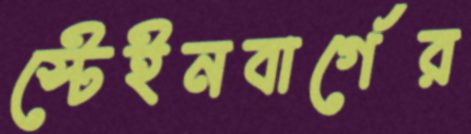
স্টেইনবার্গের